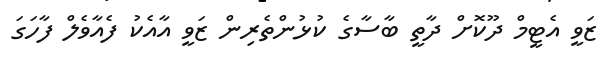
ޒަވީ އެޓީމް ދޫކޮށް ދާތީ ބާސާގެ ކުޅުންތެރިން ޒަވީ އާއެކު ފެއާވެލް ފާހަގަ